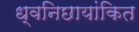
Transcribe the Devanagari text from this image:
ध्वनिछायांकित